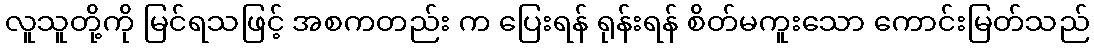
လူသူတို့ကို မြင်ရသဖြင့် အစကတည်း က ပြေးရန် ရုန်းရန် စိတ်မကူးသော ကောင်းမြတ်သည်